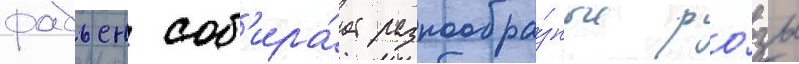
фабьен соб'ира́ет разнообра́зные ро́зы